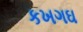
કખગઘ